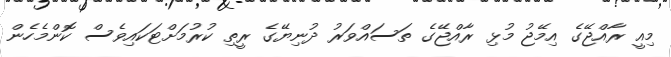
މިއީ ރާއްޖޭގެ އިމޭޖު މުޅި ރާއްޖޭގެ ތަސައްވަރު ދުނިޔޭގެ ރީތި ކުރުމަށްޓަކައިވެސް ކޮންމެހެން